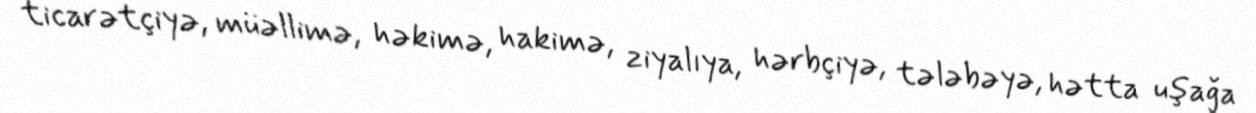
ticarətçiyə, müəllimə, həkimə, hakimə, ziyalıya, hərbçiyə, tələbəyə, hətta uşağa